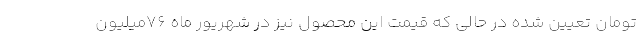
تومان تعیین شده در حالی که قیمت این محصول نیز در شهریور ماه 76میلیون